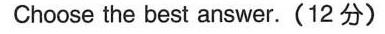
Choose the best answer.(12 分)